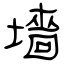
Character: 墻